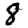
Digit: 8